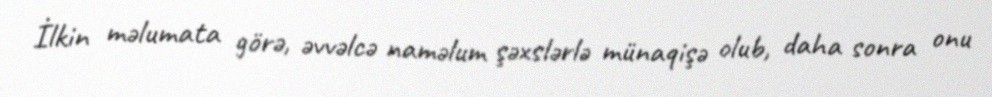
İlkin məlumata görə, əvvəlcə naməlum şəxslərlə münaqişə olub, daha sonra onu